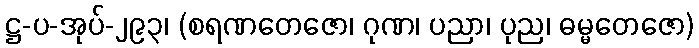
ဋ္ဌ-ပ-အုပ်-၂၉၃၊ (စရဏတေဇော၊ ဂုဏ၊ ပညာ၊ ပုည၊ ဓမ္မတေဇော)